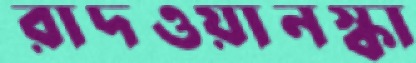
রাদওয়ানস্কা